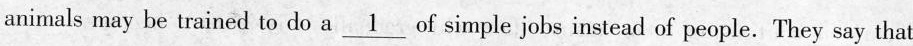
animals may be trained to do a \underline{1} of simple jobs instead of people. They say that